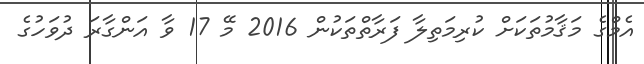
އެމްގެ މަޤާމުތަކަށް ކުރިމަތިލާ ފަރާތްތަކުން 2016 މޭ 17 ވާ އަންގާރަ ދުވަހުގެ